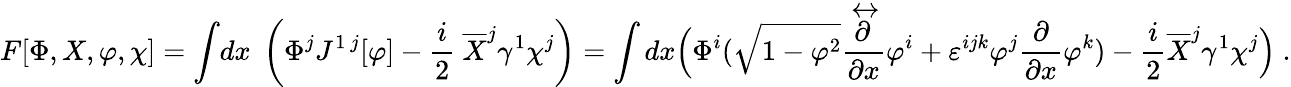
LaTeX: F[\Phi,X,\varphi,\chi]=\int\! dx\; \left(\Phi^{j}J^{1~j}[\varphi]-\frac i2~\overline{{X}}^{j}\gamma^{1}\chi^{j}\right)=\int dx\Bigl(\Phi^{i}(\sqrt{1-{\varphi}^{2}}\frac{\stackrel{\leftrightarrow}{\partial}}{\partial x}\varphi^{i}+\varepsilon^{ijk}\varphi^{j}\frac\partial{\partial x}\varphi^{k})-\frac i2\overline{{X}}^{j}\gamma^{1}\chi^{j}\Bigr)~.